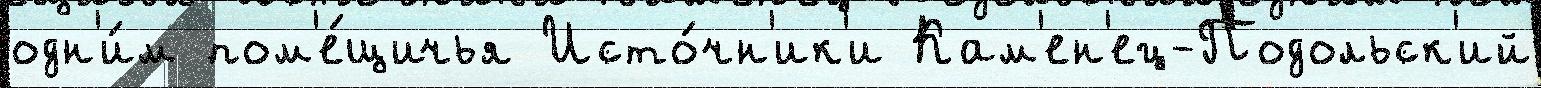
одн'и́м пом'е́щичья Исто́чн'ик'и Кам'ен'ец-Подольск'ий